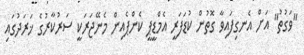
"ވަގުތު" އަށް އެނގިފައިވާ ގޮތުން ކުޑަފަރީ އެމްޑީޕީ ކެންޕެއިން މެނޭޖަރަކީ ސަރުކާރުގެ ޚަރަދުގައި